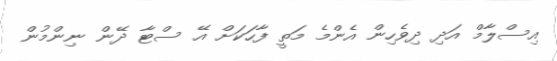
އިސްލާމް އަދި ދިވެހިން އެންމެ މަތީ ފާހަކަށް އޭ ސްޓާ ދޭން ނިންމުން